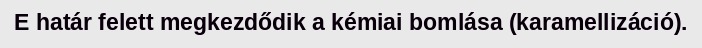
E határ felett megkezdődik a kémiai bomlása (karamellizáció).